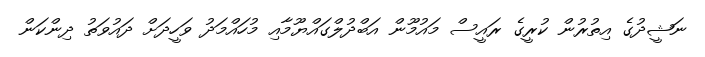
ނަޝީދުގެ އިތުރުން ކުރީގެ ރައީސް މައުމޫން އަބްދުލްގައްޔޫމާއި މުހައްމަދު ވަހީދަށް ދައުވަތު ދިންކަން